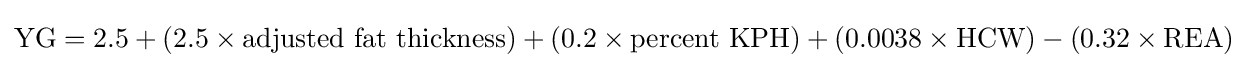
{{\text{YG}}=2.5+\left(2.5\times {\text{adjusted fat thickness}}\right)+\left(0.2\times {\text{percent KPH}}\right)+\left(0.0038\times {\text{HCW}}\right)-\left(0.32\times {\text{REA}}\right)}